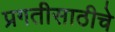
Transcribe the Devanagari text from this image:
प्रगतीसाठीचे